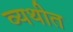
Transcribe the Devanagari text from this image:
व्यथीत